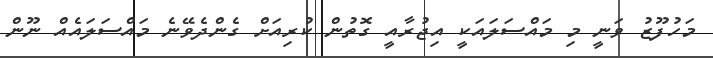
މަހުފޫޒު ވަނީ މި މައްސަލައަކީ އިޖުރާއީ ގޮތުން ކުރިއަށް ގެންދެވޭނެ މައްސަލައެއް ނޫން